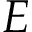
E